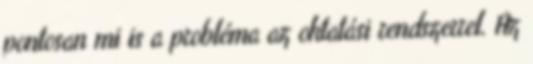
pontosan mi is a probléma az oktatási rendszerrel. Az